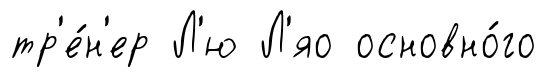
тр'е́н'ер Л'ю Л'яо основно́го